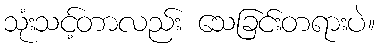
သုံးသင့်တာလည်း သေခြင်းတရားပဲ။